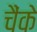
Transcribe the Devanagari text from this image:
चैंके